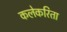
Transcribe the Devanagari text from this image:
कलेकरिता